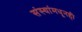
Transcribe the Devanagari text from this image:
संस्थांमधूनही